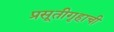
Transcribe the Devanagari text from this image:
प्रसूतीगृहाची